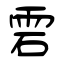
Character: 雼